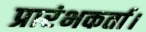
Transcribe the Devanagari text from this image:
प्रारंभकर्ता।